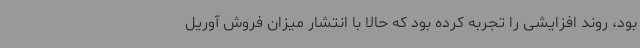
بود، روند افزایشی را تجربه کرده بود که حالا با انتشار میزان فروش آوریل